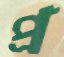
প্র